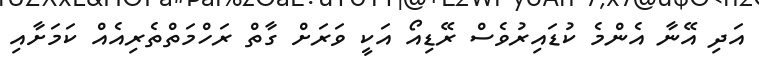
އަދި އޭނާ އެންމެ ކުޑައިރުވެސް ރޭޑިއޯ އަކީ ވަރަށް ގާތް ރަހްމަތްތެރިއެއް ކަމަށާއި